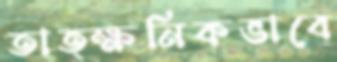
তাত্ক্ষনিকভাবে